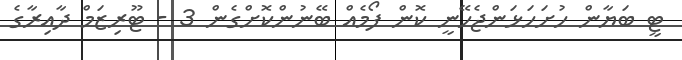
ޓީ ބަޔާން ހުށަހަޅަންޖެހޭނީ ކޮން ފޯމެއް ބޭނުންކޮށްގެން 3 - ޓޫރިޒަމް ދާއިރާގެ